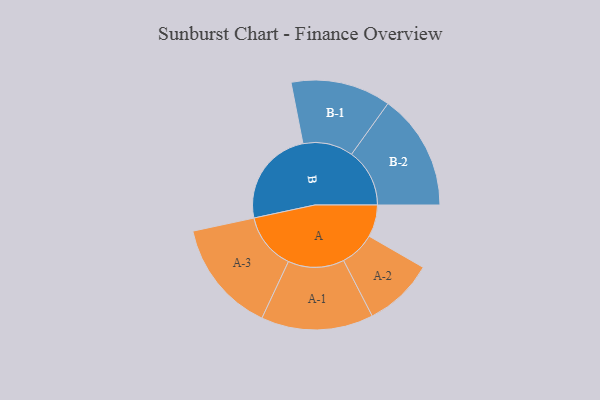
{"axis": {"x": "Segment", "y": "Value"}, "legend": ["", "A", "B"], "data": [{"x": "A", "y": 160, "type": ""}, {"x": "B", "y": 486, "type": ""}, {"x": "A-1", "y": 280, "type": "A"}, {"x": "A-2", "y": 175, "type": "A"}, {"x": "A-3", "y": 282, "type": "A"}, {"x": "B-1", "y": 250, "type": "B"}, {"x": "B-2", "y": 290, "type": "B"}]}